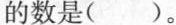
的数是()。